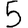
Digit: 5